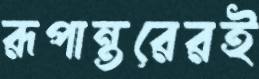
রূপান্তরেরই